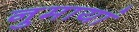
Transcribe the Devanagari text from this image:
नुमायां